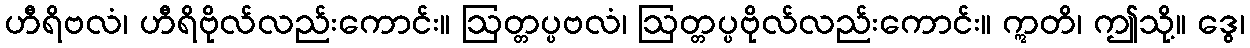
ဟီရိဗလံ၊ ဟီရိဗိုလ်လည်းကောင်း။ ဩတ္တပ္ပဗလံ၊ ဩတ္တပ္ပဗိုလ်လည်းကောင်း။ ဣတိ၊ ဤသို့။ ဒွေ၊